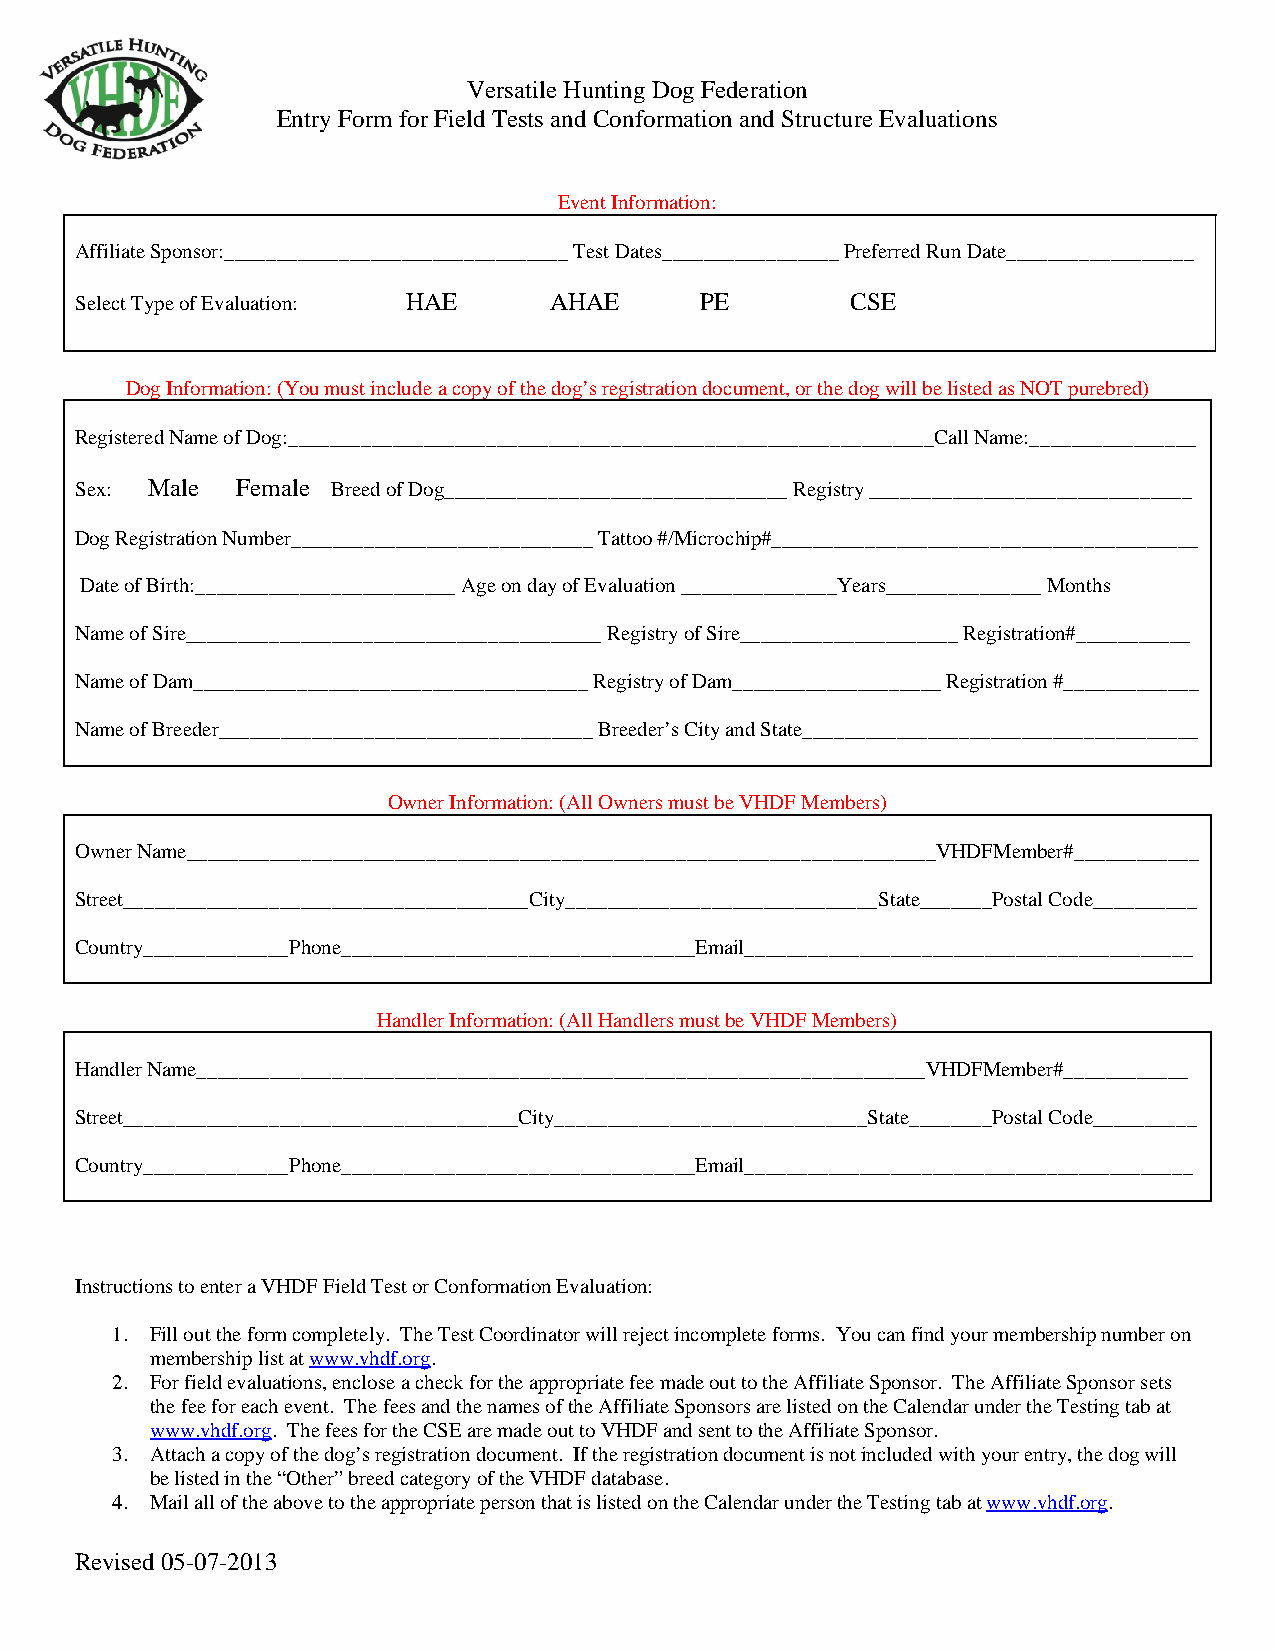
Versatile Hunting Dog Federation
 Entry Form for Field Tests and Conformation and Structure Evaluations
 Event Information:
 Affiliate Sponsor:_________________________________ Test Dates_________________ Preferred Run Date__________________
 Select Type of Evaluation: HAE AHAE      PE        CSE
 Dog Information: (You must include a copy of the dog’s registration document, or the dog will be listed as NOT purebred)
 Registered Name of Dog:______________________________________________________________Call Name:________________
 Sex: Male  Female Breed of Dog_________________________________ Registry _______________________________
 Dog Registration Number_____________________________ Tattoo #/Microchip#_________________________________________
 Date of Birth:_________________________ Age on day of Evaluation _______________Years_______________ Months
 Name of Sire________________________________________ Registry of Sire_____________________ Registration#___________
 Name of Dam______________________________________ Registry of Dam____________________ Registration #_____________
 Name of Breeder____________________________________ Breeder’s City and State______________________________________
 Owner Information: (All Owners must be VHDF Members)
 Owner Name________________________________________________________________________VHDFMember#____________
 Street_______________________________________City______________________________State_______Postal Code__________
 Country______________Phone__________________________________Email___________________________________________
 Handler Information: (All Handlers must be VHDF Members)
 Handler Name______________________________________________________________________VHDFMember#____________
 Street______________________________________City______________________________State________Postal Code__________
 Country______________Phone__________________________________Email___________________________________________
 Instructions to enter a VHDF Field Test or Conformation Evaluation:
 1. Fill out the form completely. The Test Coordinator will reject incomplete forms. You can find your membership number on
 membership list at www.vhdf.org.
 2. For field evaluations, enclose a check for the appropriate fee made out to the Affiliate Sponsor. The Affiliate Sponsor sets
 the fee for each event. The fees and the names of the Affiliate Sponsors are listed on the Calendar under the Testing tab at
 www.vhdf.org. The fees for the CSE are made out to VHDF and sent to the Affiliate Sponsor.
 3. Attach a copy of the dog’s registration document. If the registration document is not included with your entry, the dog will
 be listed in the “Other” breed category of the VHDF database.
 4. Mail all of the above to the appropriate person that is listed on the Calendar under the Testing tab at www.vhdf.org.
 Revised 05-07-2013